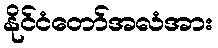
နိုင်ငံတော်အလံအား